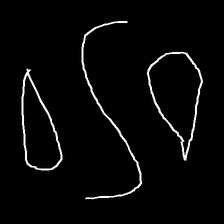
Glyph: water